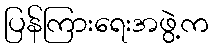
ပြန်ကြားရေးအဖွဲ့က